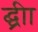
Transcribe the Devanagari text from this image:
द्घ्रीा